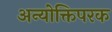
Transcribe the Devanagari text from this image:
अन्योक्तिपरक